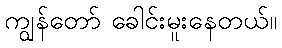
ကျွန်တော် ခေါင်းမူးနေတယ်။